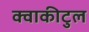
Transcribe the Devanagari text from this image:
क्वाकीटुल